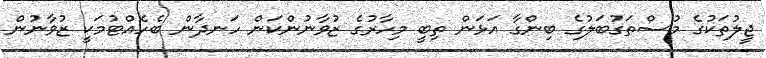
ޖީލުތަކުގެ މުސްތަގުބަލުގެ ބިންގާ އަޅަން ތިބީ މިހާރުގެ ޒުވާނުންކަން ހަނދާން ބެހެއްޓުމަކީ ޒުވާނުން